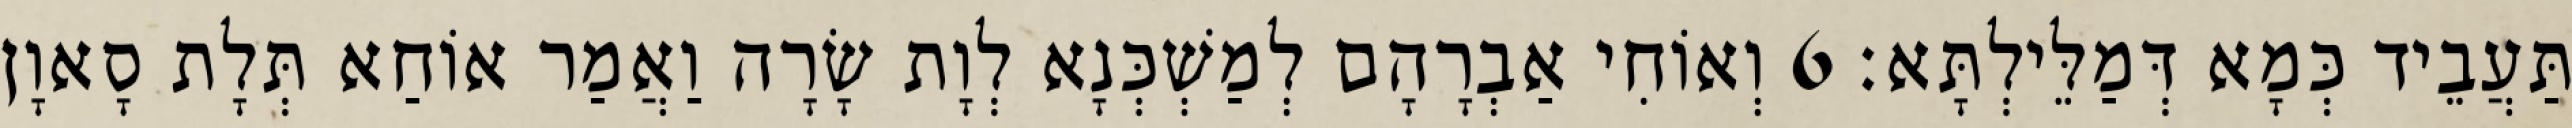
תַּעֲבֵיד כְּמָא דְּמַלֵּילְתָּא׃ 6 וְאוֹחִי אַבְרָהָם לְמַשְׁכְּנָא לְוָת שָׂרָה וַאֲמַר אוֹחַא תְּלָת סָאוָן